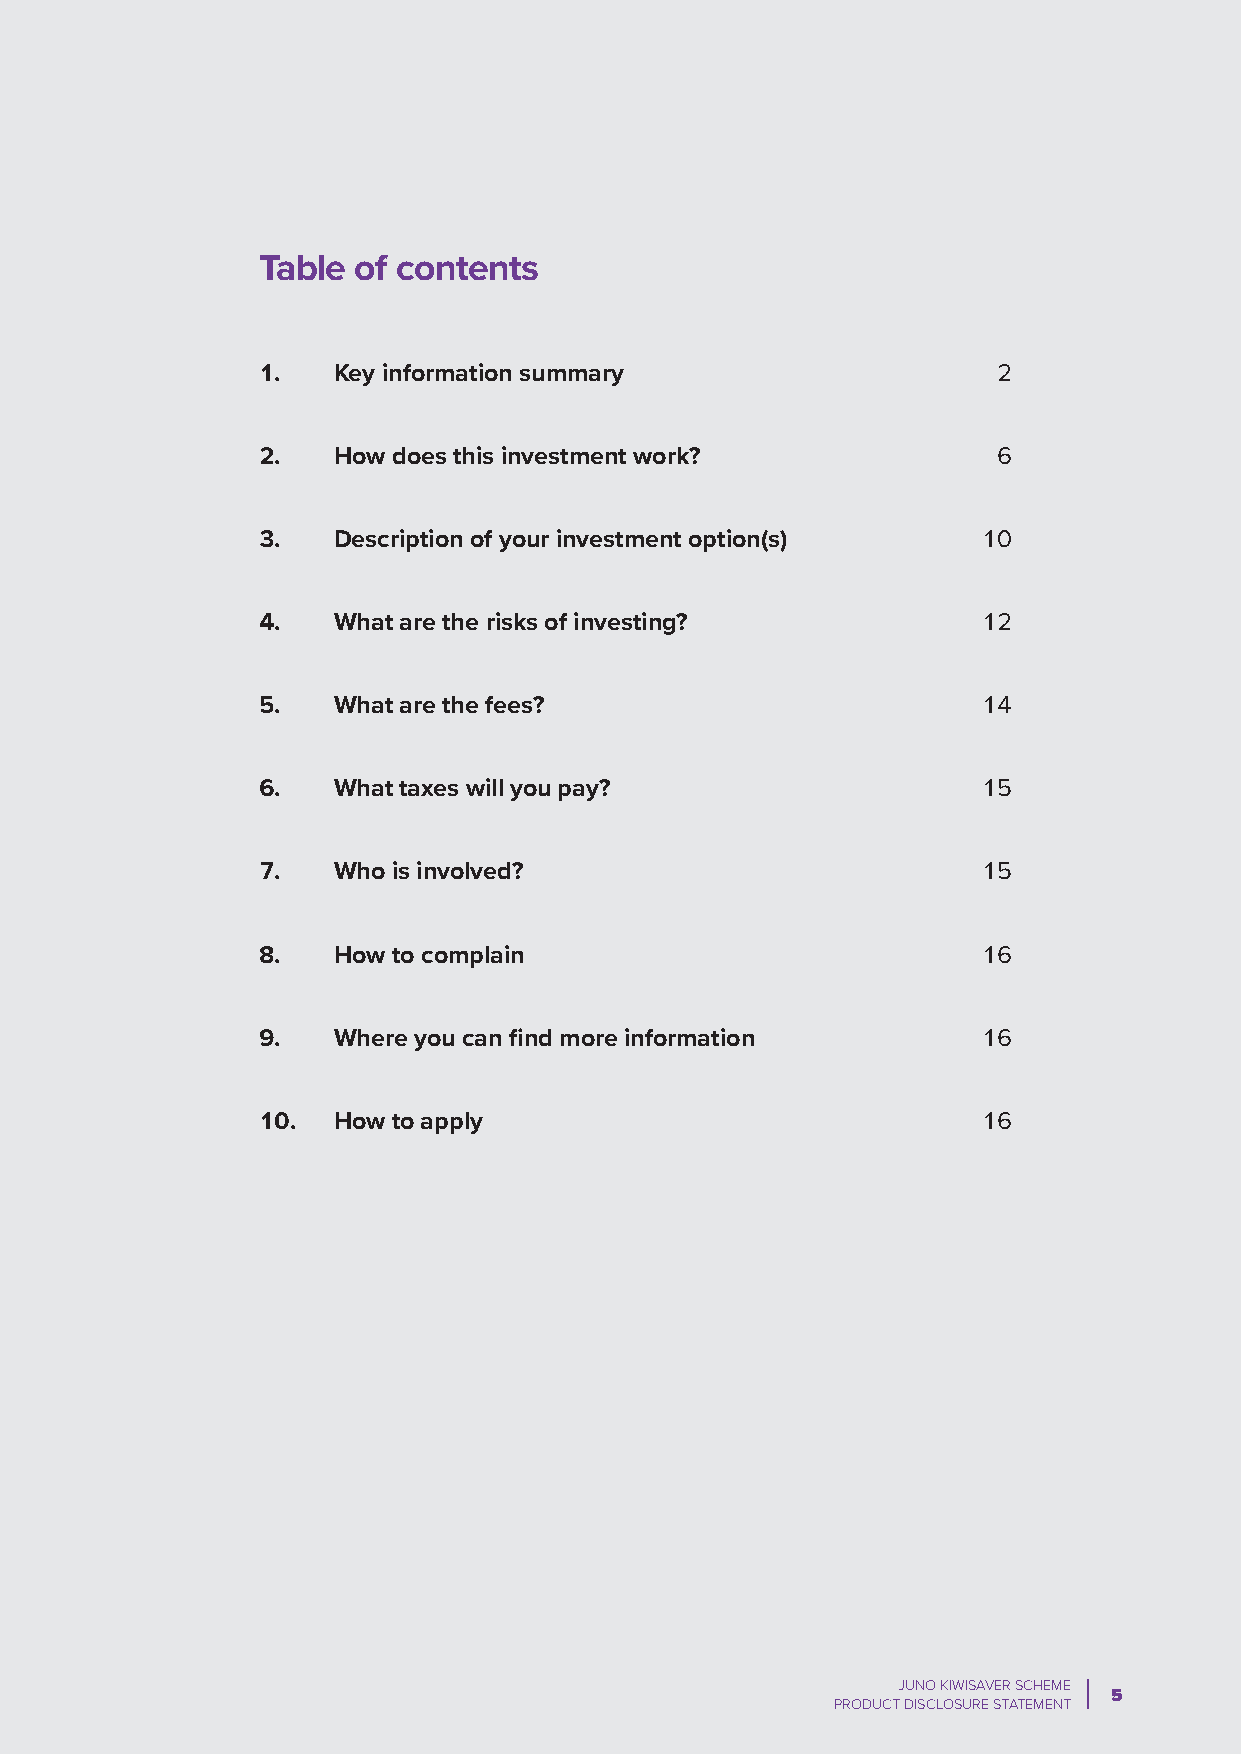
Table of contents
 1.   Key information summary                     2
 2.   How does this investment work?              6
 3.   Description of your investment option(s)   10
 4.   What are the risks of investing?           12
 5.   What are the fees?                         14
 6.   What taxes will you pay?                   15
 7.   Who is involved?                           15
 8.   How to complain                            16
 9.   Where you can find more information        16
 10.  How to apply                               16
 JUNO KIWISAVER SCHEME
 5
 PRODUCT DISCLOSURE STATEMENT